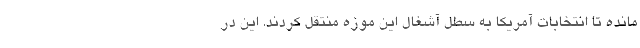
مانده تا انتخابات آمریکا به سطل آشغال این موزه منتقل کردند. این در